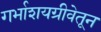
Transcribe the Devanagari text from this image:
गर्भाशयग्रीवेतून